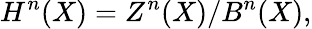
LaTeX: H^{n}(X)=Z^{n}(X)/B^{n}(X),